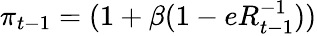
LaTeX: \pi_{t-1}=(1+\beta(1-eR_{t-1}^{-1}))